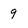
Character: 9